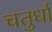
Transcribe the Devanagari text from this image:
चतुर्धा